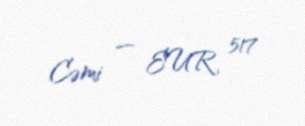
Cəmi — EUR 517